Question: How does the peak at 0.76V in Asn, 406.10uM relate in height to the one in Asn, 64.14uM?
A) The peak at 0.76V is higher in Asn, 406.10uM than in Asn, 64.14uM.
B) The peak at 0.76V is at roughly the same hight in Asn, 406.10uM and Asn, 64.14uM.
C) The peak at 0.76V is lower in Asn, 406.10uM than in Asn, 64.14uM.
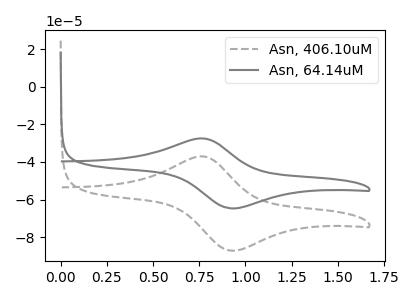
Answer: <think>The gray dashed curve "Asn, 406.10uM" has an anodic peak at (0.75V, -37.00uA) and a cathodic peak at (0.95V, -87.20uA). The gray curve "Asn, 64.14uM" has an anodic peak at (0.75V, -27.45uA) and a cathodic peak at (0.95V, -64.65uA).</think>
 <answer>C) The peak at 0.76V is lower in "Asn, 406.10uM" than in "Asn, 64.14uM".</answer>
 <eval>C</eval>